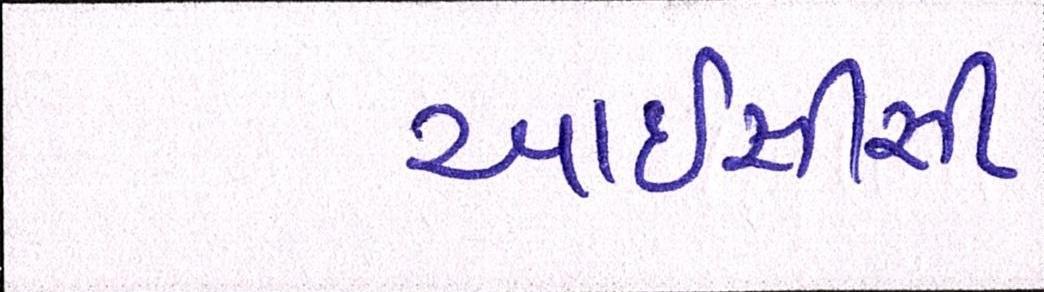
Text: આઇસીસી